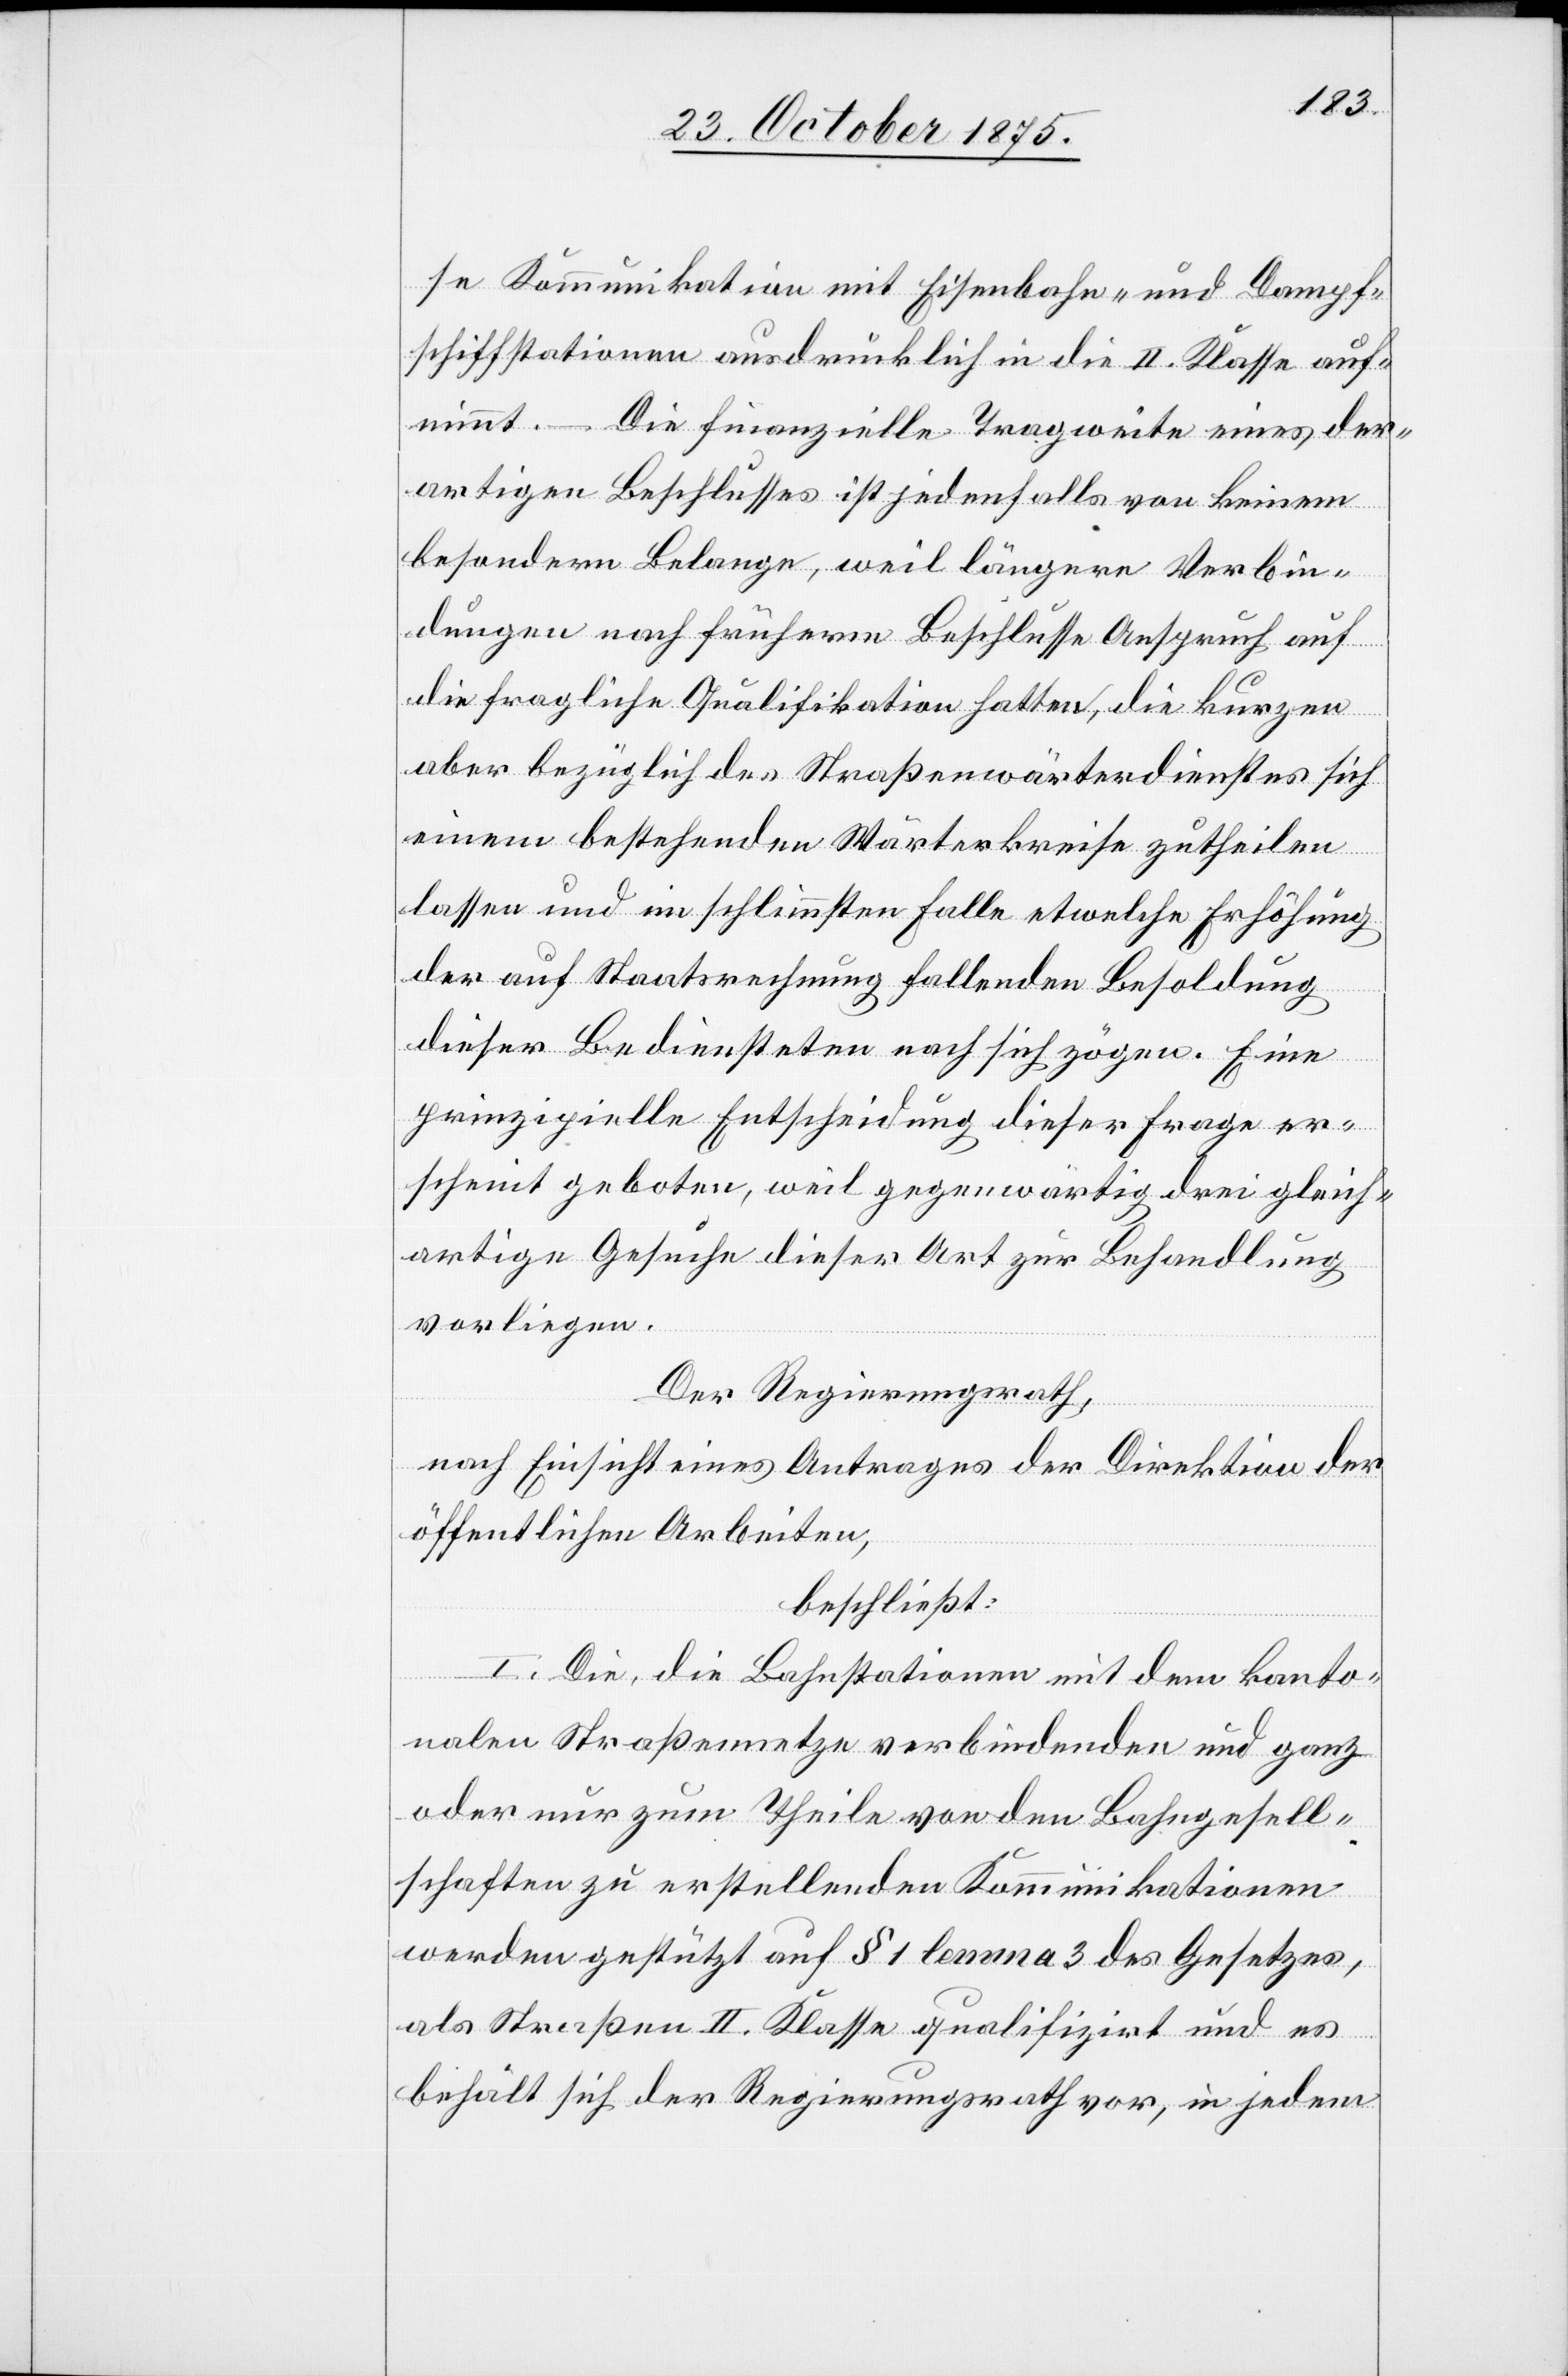
se Kommunikation mit Eisenbahn- und Dampf¬
schiffstationen ausdrücklich in die II. Klasse auf¬
nimmt. – Die finanzielle Tragweite eines der¬
artigen Beschlusses ist jedenfalls von keinem
besondern Belange, weil längere Verbin¬
dungen nach früherm Beschlusse Anspruch auf
die fragliche Qualifikation hatten, die kurzen
aber bezüglich des Straßenwärterdienstes sich
einem bestehenden Wärterkreise zutheilen
lassen und im schlimmsten Falle etwelche Erhöhung
der auf Staatsrechnung fallenden Besoldung
dieser Bediensteten nach sich zögen. Eine
prinzipielle Entscheidung dieser Frage er¬
scheint geboten, weil gegenwärtig drei gleich¬
artige Gesuche dieser Art zur Behandlung
vorliegen.
Der Regierungsrath,
nach Einsicht eines Antrages der Direktion der
öffentlichen Arbeiten,
beschließt:
I. Die, die Bahnstationen mit dem kanto¬
nalen Straßennetze verbindenden und ganz
oder nur zum Theile von den Bahngesell¬
schaften zu erstellenden Kommunikationen
werden gestützt auf § 1 lemma 3 des Gesetzes,
als Straßen II. Klasse qualifizirt und es
behält sich der Regierungsrath vor, in jedem